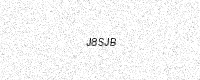
Text: J8SJB